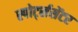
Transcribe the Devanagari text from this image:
स्पोर्ट्ससेंटर